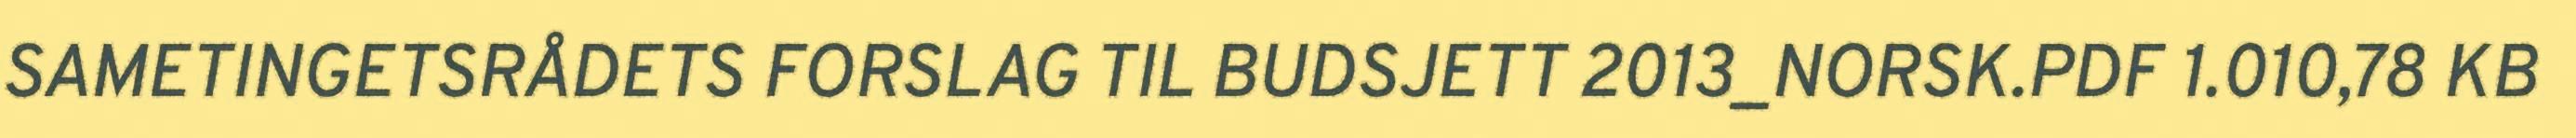
SAMETINGETSRÅDETS FORSLAG TIL BUDSJETT 2013_NORSK.PDF 1.010,78 KB